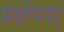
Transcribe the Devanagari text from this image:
प्रक्षेपश्